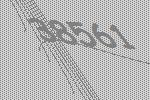
38561